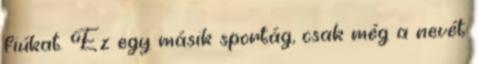
fiúkat. Ez egy másik sportág, csak még a nevét